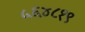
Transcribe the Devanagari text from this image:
५६४८१९